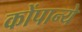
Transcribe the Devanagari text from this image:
कोंपान्ये